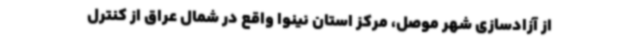
از آزادسازی شهر موصل، مرکز استان نینوا واقع در شمال عراق از کنترل